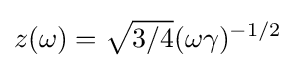
z(\omega )={\sqrt {3/4}}(\omega \gamma )^{-1/2}